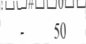
-     50